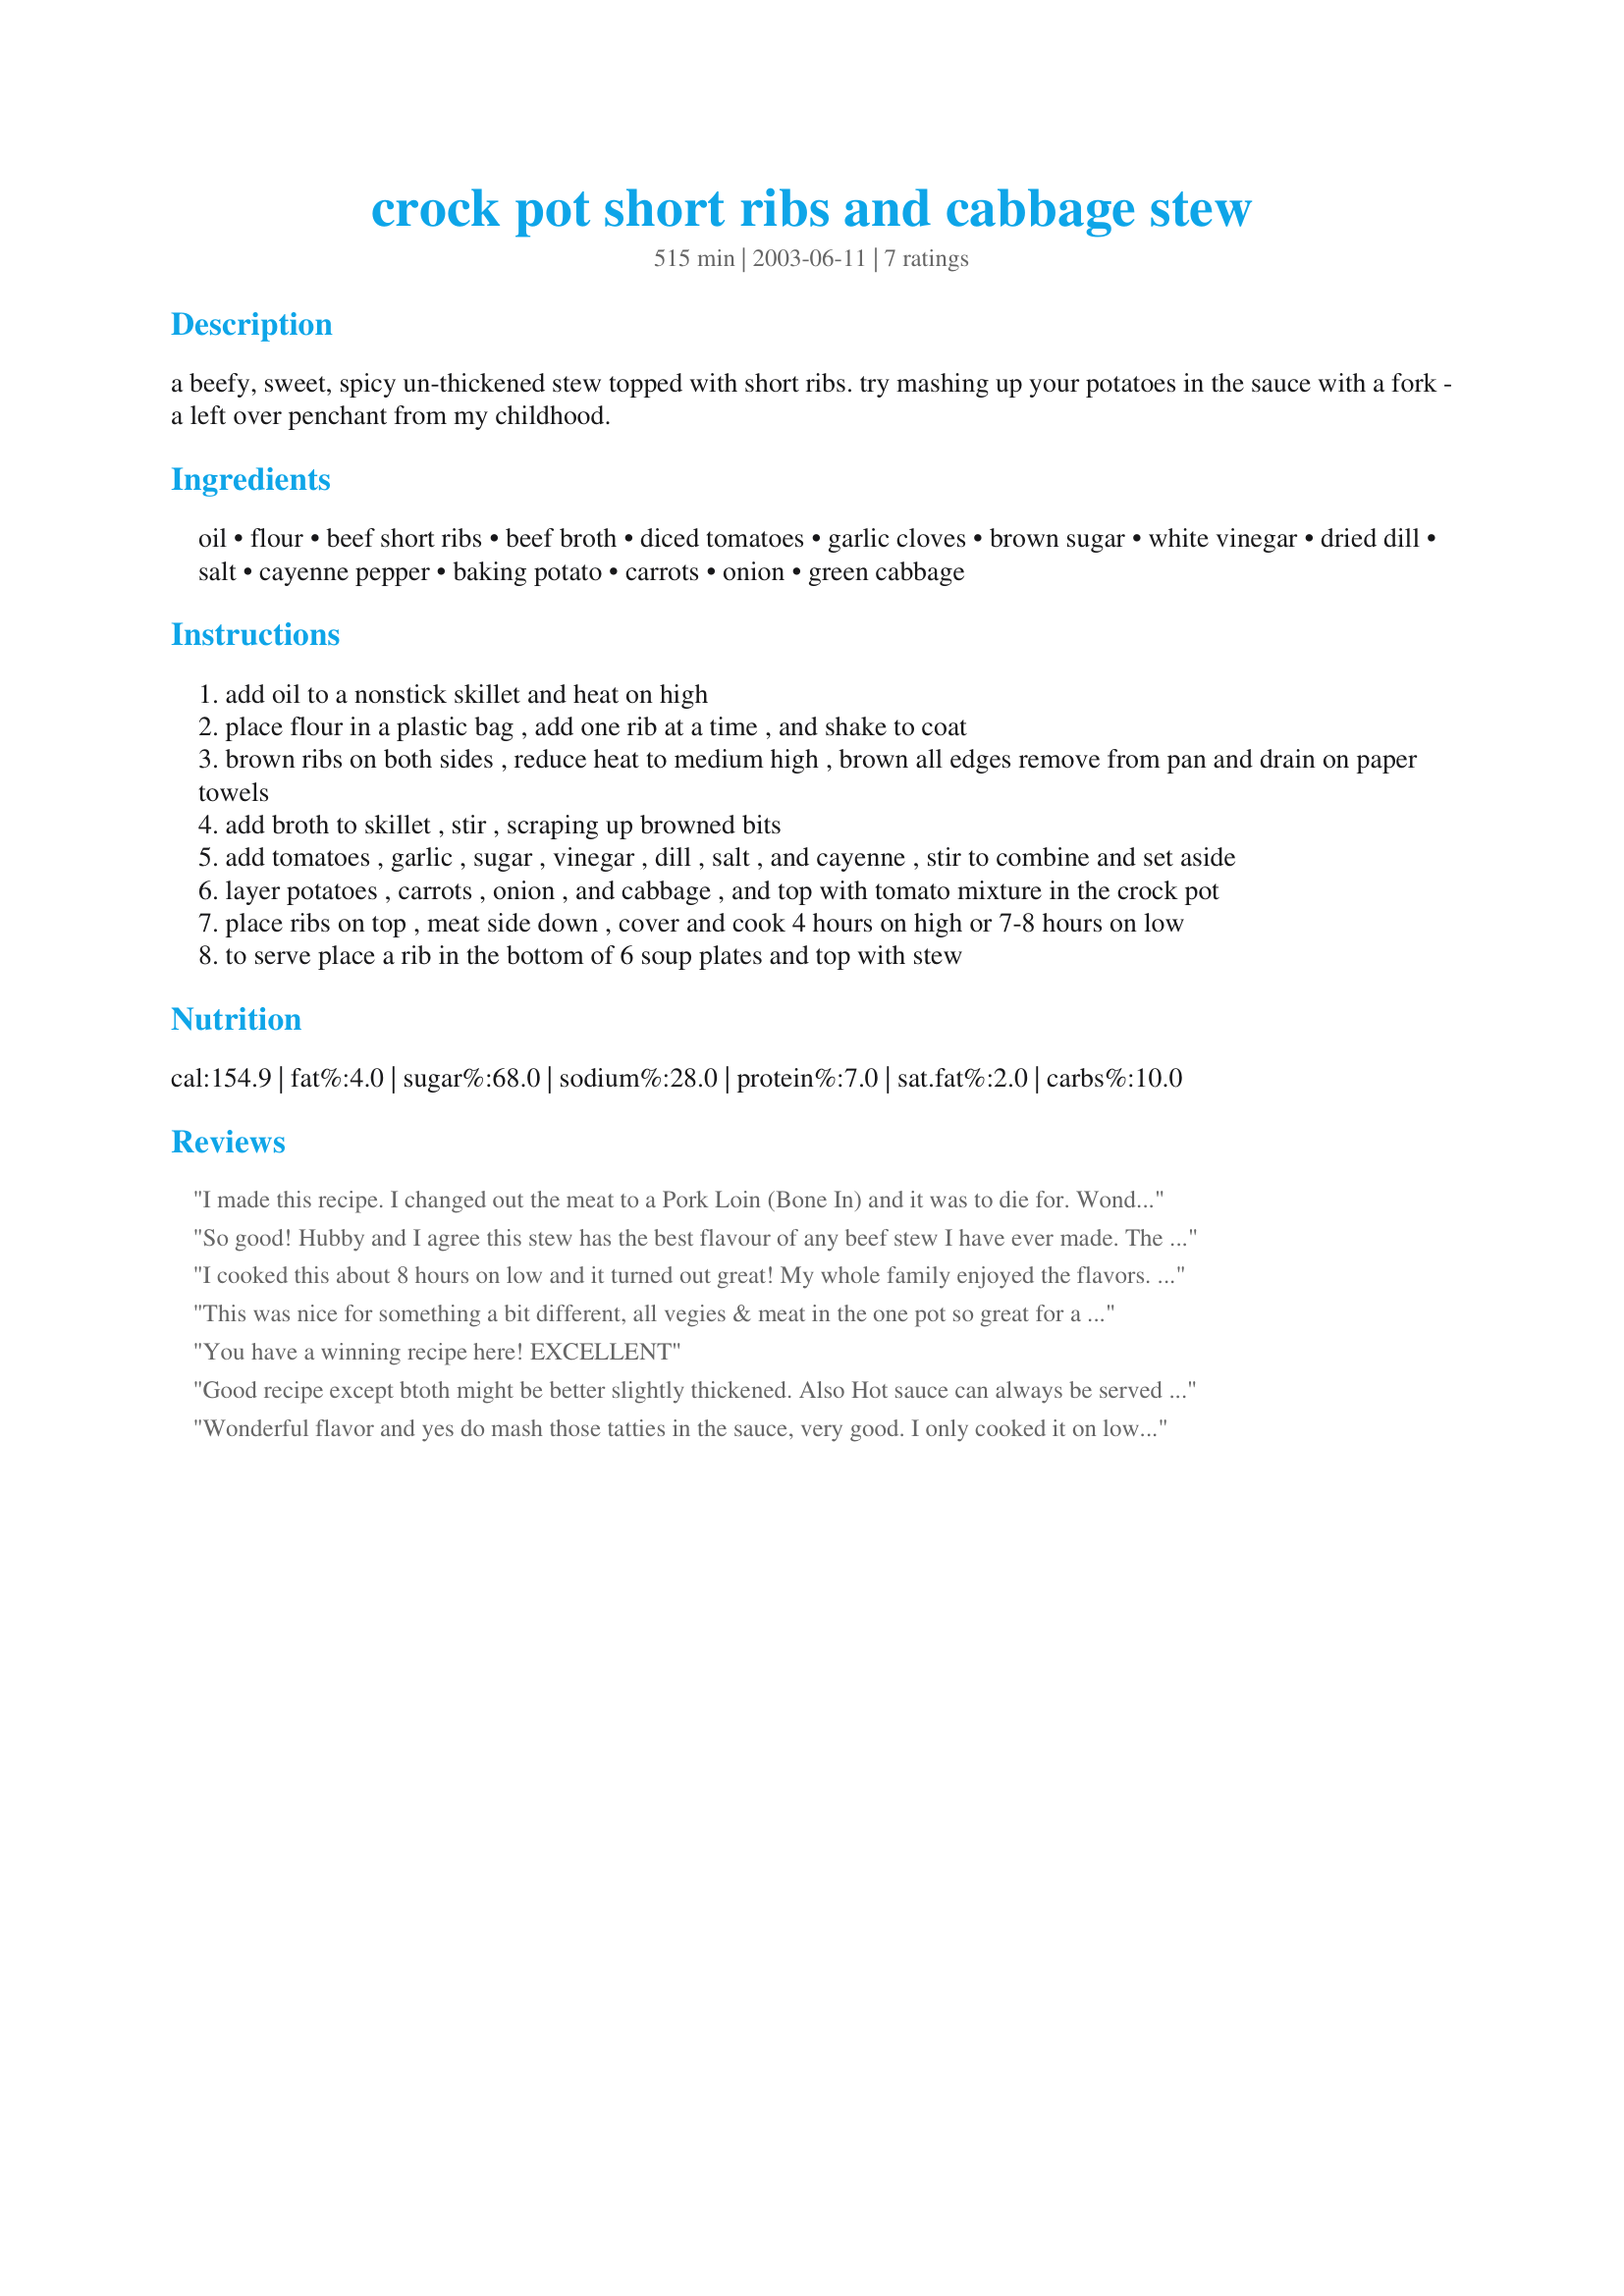
crock pot short ribs and cabbage stew
Preparation time: 515 minutes

a beefy, sweet, spicy un-thickened stew topped with short ribs. try mashing up your potatoes in the sauce with a fork - a left over penchant from my childhood.

Ingredients:
oil, flour, beef short ribs, beef broth, diced tomatoes, garlic cloves, brown sugar, white vinegar, dried dill, salt, cayenne pepper, baking potato, carrots, onion, green cabbage

Steps:
add oil to a nonstick skillet and heat on high
place flour in a plastic bag , add one rib at a time , and shake to coat
brown ribs on both sides , reduce heat to medium high , brown all edges remove from pan and drain on paper towels
add broth to skillet , stir , scraping up browned bits
add tomatoes , garlic , sugar , vinegar , dill , salt , and cayenne , stir to combine and set aside
layer potatoes , carrots , onion , and cabbage , and top with tomato mixture in the crock pot
place ribs on top , meat side down , cover and cook 4 hours on high or 7-8 hours on low
to serve place a rib in the bottom of 6 soup plates and top with stew

Reviews:
I made this recipe. I changed out the meat to a Pork Loin (Bone In) and it was to die for. 
Wonderful texture, beautiful plating with some Italian Parsley and and topped with Feta Cheese. 
Scrumptious. and delicious. 
thanks 
It is a keeper for me.
I think this would also be great with the Meatballs Stuffed with Raisins. #121441
A small adaptation would be needed.
thanks again
hugs 
angela marie 


So good! Hubby and I agree this stew has the best flavour of any beef stew I have ever made. The only changes I made were to substitute ACV for the white and add a sweet potato to the mix of veggies.
I cooked this about 8 hours on low and it turned out great! My whole family enjoyed the flavors. Will serve the leftovers over rice or noodles and may thicken the sauce to make a gravy! Thanks Lorac!
This was nice for something a bit different, all vegies & meat in the one pot so great for a quick dinner. I served over rice for a quick dinner on a busy night. Thanks for posting!
You have a winning recipe here! EXCELLENT
Good recipe except btoth might be better slightly thickened. Also Hot sauce can always be served at the table and added individually.

Wonderful flavor and yes do mash those tatties in the sauce, very good. I only cooked it on low for 5 hours but I cut the recipe in half so that may have had someting to do with the timing. The veggies were cooked through but still had a bit of fresh crunch to them - even the cabbage was not overcooked. I thought when looking at the ingredients that the recipe would have a sweet - sour flavor there was a hint but it ended up with a lovely mellow flavor. I used sweet & Low brown sugar substitute. Great to find a good recipe to cook in a crockpot on a hot summer day Thanks to the chef that submitted this recipe!
